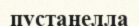
пустанелла